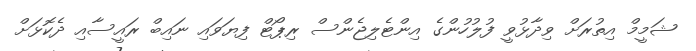
ޝަމީމް އިތުރަށް ވިދާޅުވީ ފުލުހުންގެ އިންޓެލިޖެންސް ރިޕޯޓް ފިޔަވައި ނައިބް ރައީސާއި ދެކޮޅަށް